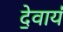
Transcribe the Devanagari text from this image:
दे॒वाय॑